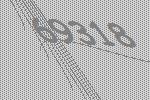
69318